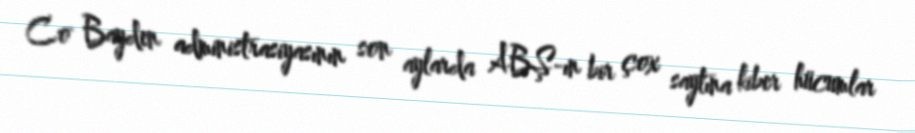
Co Bayden administrasiyasının son aylarda ABŞ-ın bir çox saytına kiber hücumlar